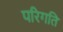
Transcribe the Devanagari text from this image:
परिगति